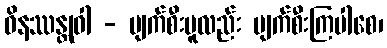
ဝိနဿန္တုဝါ - ပျက်စီးမူလည်း ပျက်စီးကြပါစေ၊